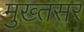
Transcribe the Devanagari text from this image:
मुख़्तसर